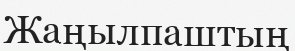
Жаңылпаштың